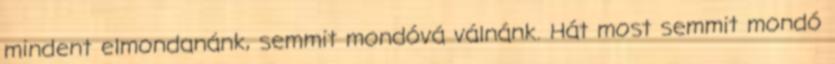
mindent elmondanánk, semmit mondóvá válnánk. Hát most semmit mondó